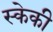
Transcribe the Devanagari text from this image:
स्केकी